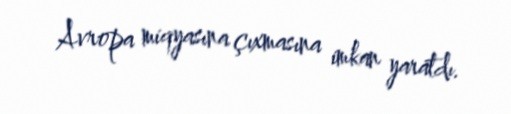
Avropa miqyasına çıxmasına imkan yaratdı.